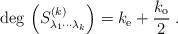
LaTeX: \begin{align*}{\rm deg}\,\left(S_{\lambda_1\cdots \lambda_k}^{(k)}\right)=k_{\rm e}+\frac{k_{\rm o}}{2}\; .\end{align*}